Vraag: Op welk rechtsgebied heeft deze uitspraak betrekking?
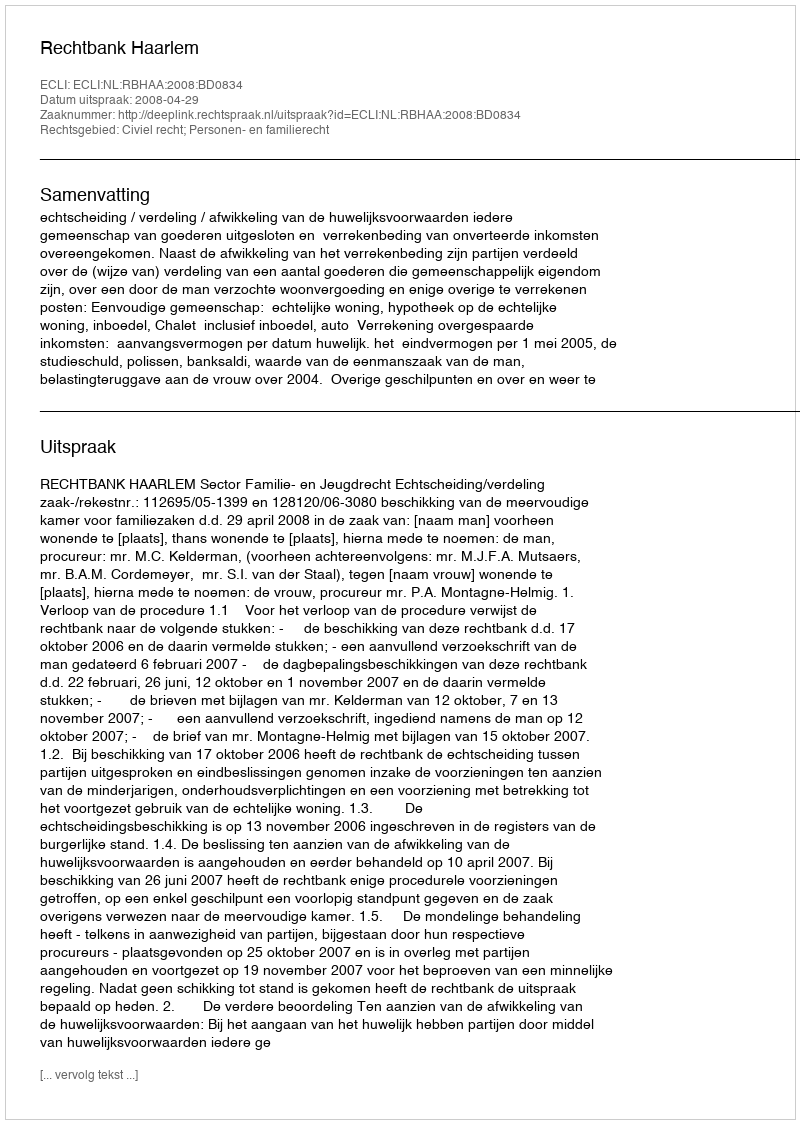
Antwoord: Civiel recht; Personen- en familierecht